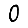
Digit: 0